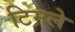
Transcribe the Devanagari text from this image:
टिमले